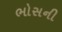
ભોસની